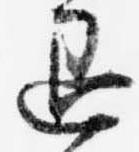
退